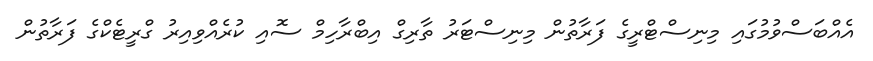
އެއްބަސްވުމުގައި މިނިސްޓްރީގެ ފަރާތުން މިނިސްޓަރު ތާރިގް އިބްރާހިމް ސޮއި ކުރެއްވިއިރު ގްރީޓެކްގެ ފަރާތުން